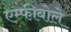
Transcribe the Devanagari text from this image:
एम्फीबोले